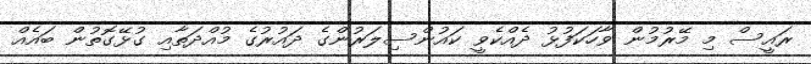
ރައީސް މި މޭރުމުން ވާހަކަފުޅު ދެއްކެވީ ކައުންސިލަރުންގެ ދައުރުގެ މުއްދަތާއި ގުޅޭގޮތުން ބައެއް